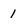
Character: 1